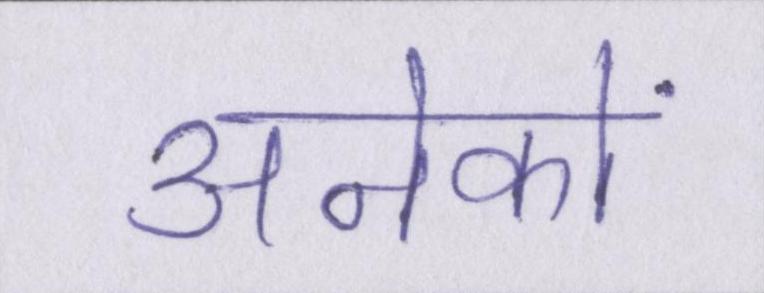
अनेकों